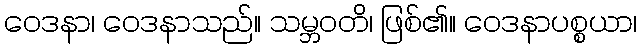
ဝေဒနာ၊ ဝေဒနာသည်။ သမ္ဘဝတိ၊ ဖြစ်၏။ ဝေဒနာပစ္စယာ၊